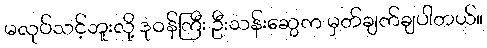
မလုပ်သင့်ဘူးလို့ ဒုဝန်ကြီး ဦးသန်းဆွေက မှတ်ချက်ချပါတယ်။